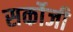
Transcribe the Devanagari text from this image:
सर्कोजी